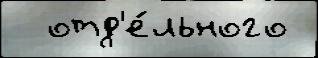
  отд'е́льного